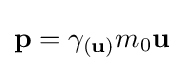
\mathbf {p} =\gamma _{(\mathbf {u} )}m_{0}\mathbf {u}